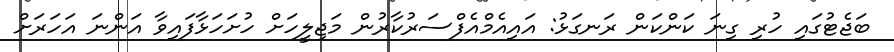
ބަޖެޓުގައި ހުރި ގިނަ ކަންކަން ރަނގަޅު: އައިއެމްއެފްސަރުކާރުން މަޖިލީހަށް ހުށަހަޅާފައިވާ އަންނަ އަހަރަށް